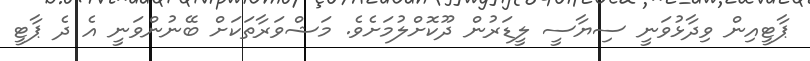
ޕާޓީއިން ވިދާޅުވަނީ ސިޔާސީ ލީޑަރުން ދޫކޮށްލުމަށެވެ. މަޝްވަރާތަކަށް ބޭނުންވަނީ އެ ދެ ޕާޓީ